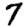
Digit: 7